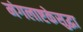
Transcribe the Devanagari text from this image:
मंगलाष्टकेसुद्धा